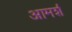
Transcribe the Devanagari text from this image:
आमर्श